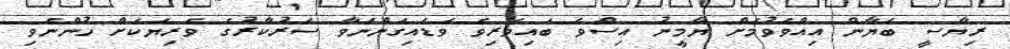
ރިޔާސީ ބަޔާން އިއްވެވުމަށް ޔާމީނު އިސްވެ ބައިވެރިވެ ވަޑައިގަންނަވާ ސަރުކާރުގެ ވެރިޔަކަށް ހުންނެވި